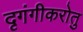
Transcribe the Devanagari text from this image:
दृगंगीकरोतु